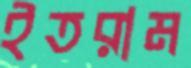
ইতরাম